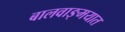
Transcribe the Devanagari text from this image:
बालवाङ्‌मयात